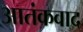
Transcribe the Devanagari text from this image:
अातंकवाद